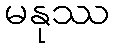
မနုဿ